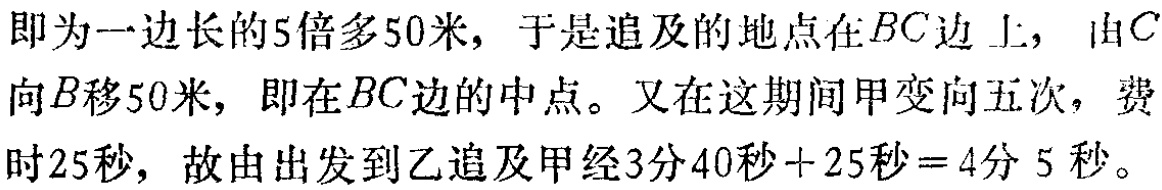
即为一边长的5倍多50米，于是追及的地点在\(BC\)边上，由\(C\)向\(B\)移50米，即在\(BC\)边的中点。又在这期间甲变向五次，费时25秒，故由出发到乙追及甲经3分40秒+25秒=4分5秒。